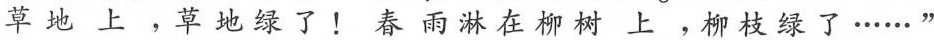
草地上，草地绿了！春雨淋在柳树上，柳枝绿了……”